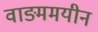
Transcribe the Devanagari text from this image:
वाङ्ममयीन